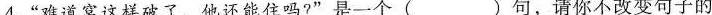
4.“难道窝这样破了，他还能住吗?”是一个( )句，请你不改变句子的